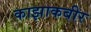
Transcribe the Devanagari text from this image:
काझाकबीर